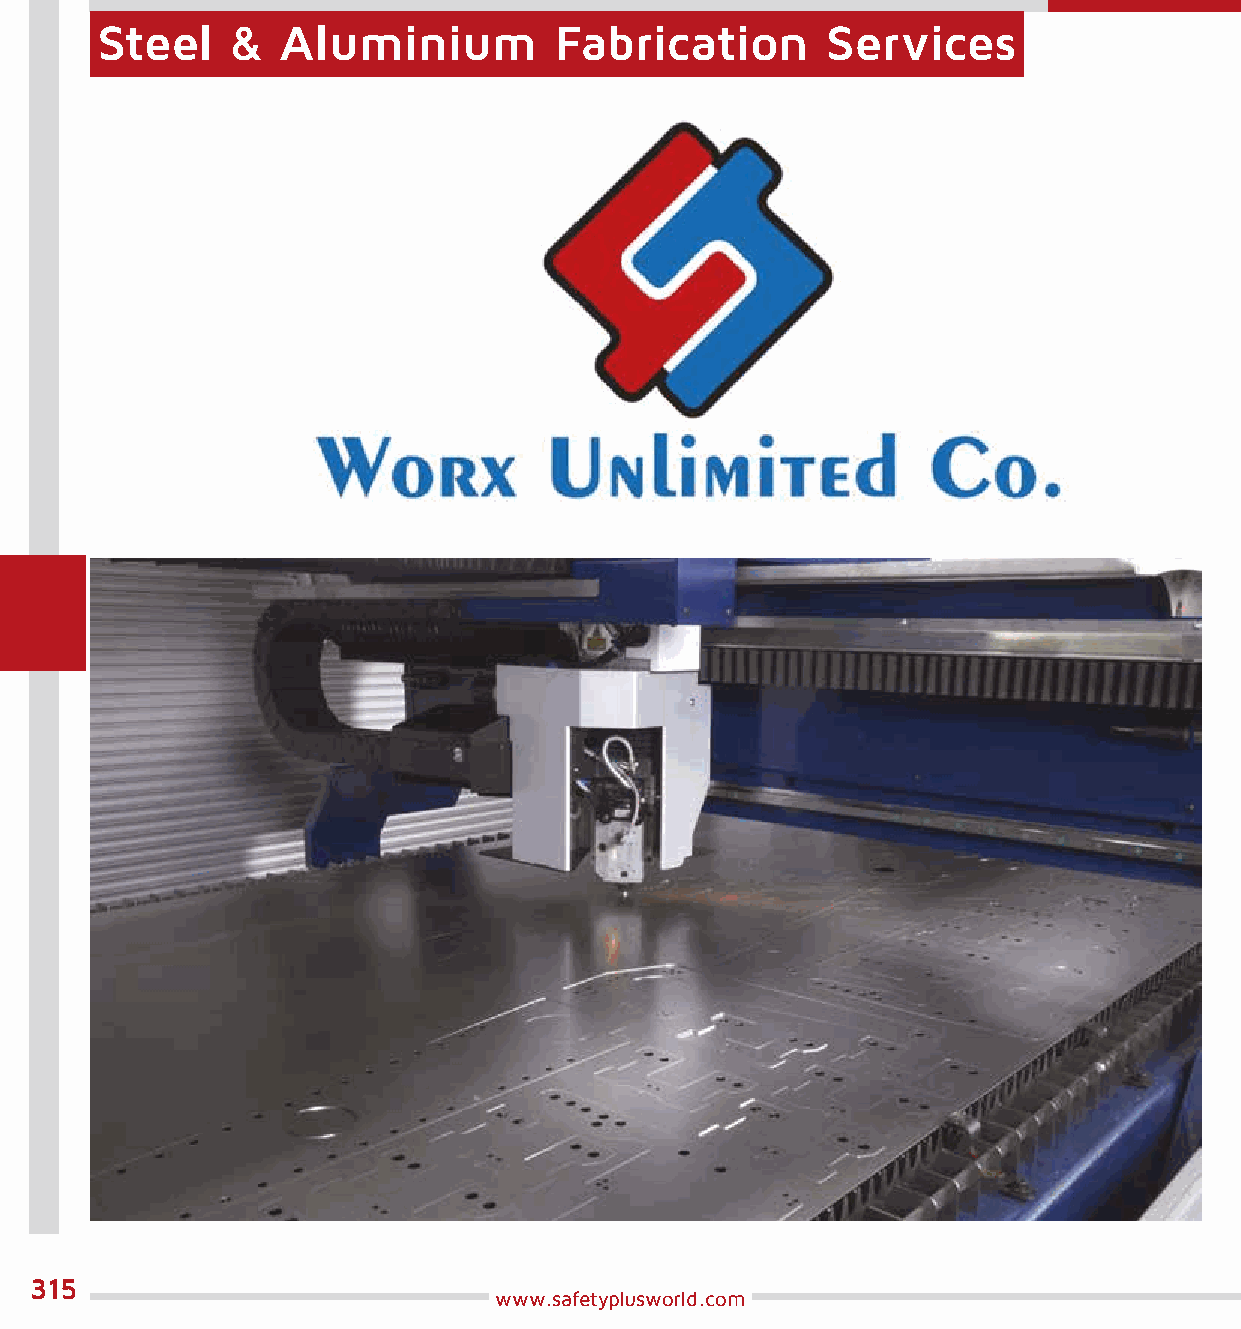
Steel    &  Aluminium          Fabrication       Services
 315
 www.safetyplusworld.com